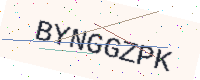
Text: BYNGGZPK